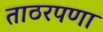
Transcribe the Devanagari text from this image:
ताठरपणा